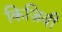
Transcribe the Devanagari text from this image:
किज़िवी